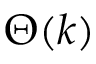
\Theta ( k )